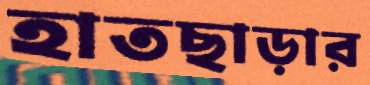
হাতছাড়ার